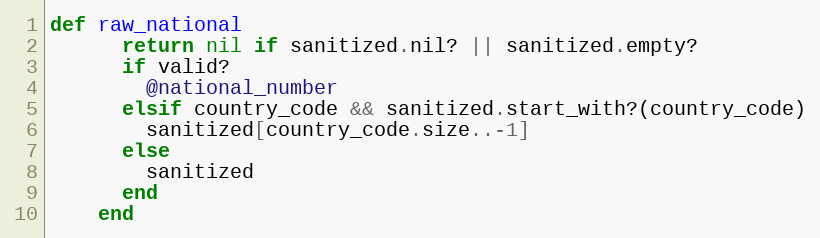
Language: Ruby
def raw_national
      return nil if sanitized.nil? || sanitized.empty?
      if valid?
        @national_number
      elsif country_code && sanitized.start_with?(country_code)
        sanitized[country_code.size..-1]
      else
        sanitized
      end
    end